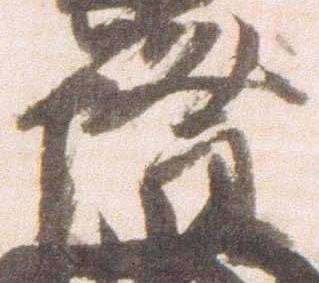
隆